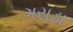
ગરાડા